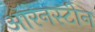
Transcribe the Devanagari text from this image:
ऑरेनस्टीन